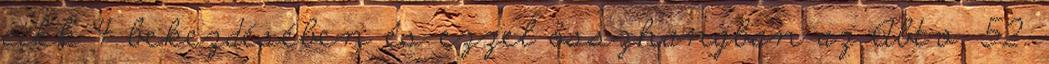
cikk 4 bekezdésében és ezzel összhangban az Abtv. 52.